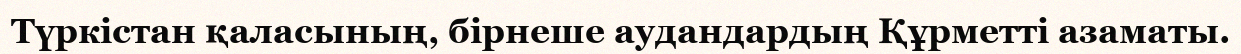
Түркістан қаласының, бірнеше аудандардың Құрметті азаматы.